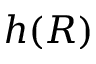
h ( R )